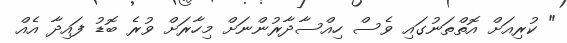
" ކުރިއަށް އޮތްތަނުގައި ވެސް ހިއްސާދާރުންނަށް މިހާރަށް ވުރެ ބޮޑު ފައިދާ އެއް